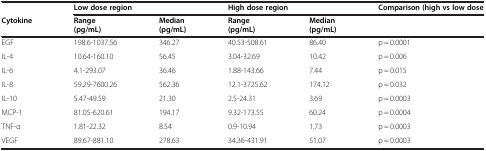
<table><thead><tr><td><b> </b></td><td colspan="2"><b>Low dose region</b></td><td colspan="2"><b>High dose region</b></td><td><b>Comparison (high vs low dose</b></td></tr><tr><td><b>Cytokine</b></td><td><b>Range (pg/mL)</b></td><td><b>Median (pg/mL)</b></td><td><b>Range (pg/mL)</b></td><td><b>Median (pg/mL)</b></td><td><b> </b></td></tr></thead><tbody><tr><td>EGF</td><td>198.6-1037.56</td><td>346.27</td><td>40.53-508.61</td><td>86.40</td><td>p = 0.0001</td></tr><tr><td>IL-4</td><td>10.64-160.10</td><td>56.45</td><td>3.04-32.69</td><td>10.42</td><td>p = 0.006</td></tr><tr><td>IL-6</td><td>4.1-293.07</td><td>36.46</td><td>1.88-143.66</td><td>7.44</td><td>p = 0.015</td></tr><tr><td>IL-8</td><td>59.29-7600.26</td><td>562.36</td><td>12.1-3725.62</td><td>174.12</td><td>p = 0.032</td></tr><tr><td>IL-10</td><td>5.47-49.59</td><td>21.30</td><td>2.5-24.31</td><td>3.69</td><td>p = 0.0003</td></tr><tr><td>MCP-1</td><td>81.05-620.61</td><td>194.17</td><td>9.32-173.55</td><td>60.24</td><td>p = 0.0004</td></tr><tr><td>TNF-α</td><td>1.81-22.32</td><td>8.54</td><td>0.9-10.94</td><td>1.73</td><td>p = 0.0003</td></tr><tr><td>VEGF</td><td>89.67-881.10</td><td>278.63</td><td>34.36-431.91</td><td>51.07</td><td>p = 0.0003</td></tr></tbody></table>